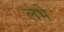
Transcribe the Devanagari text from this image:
लभे